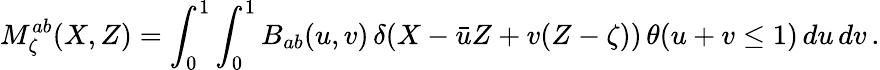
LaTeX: M_{\zeta}^{ab}(X,Z)=\int_{0}^{1}\int_{0}^{1}B_{ab}(u,v)\, \delta(X-\bar{u}Z+v(Z-\zeta))\, \theta(u+v\leq 1)\, du\, dv\, .